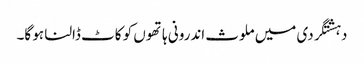
دہشتگردی میں ملوث اندرونی ہاتھوں کو کاٹ ڈالنا ہو گا۔